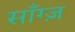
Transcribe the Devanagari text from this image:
साँग्ज़